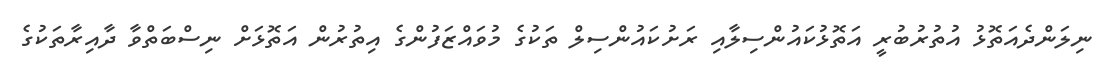
ނިލަންދެއަތޮޅު އުތުރުބުރީ އަތޮޅުކައުންސިލާއި ރަށުކައުންސިލް ތަކުގެ މުވައްޒަފުންގެ އިތުރުން އަތޮޅަށް ނިސްބަތްވާ ދާއިރާތަކުގެ